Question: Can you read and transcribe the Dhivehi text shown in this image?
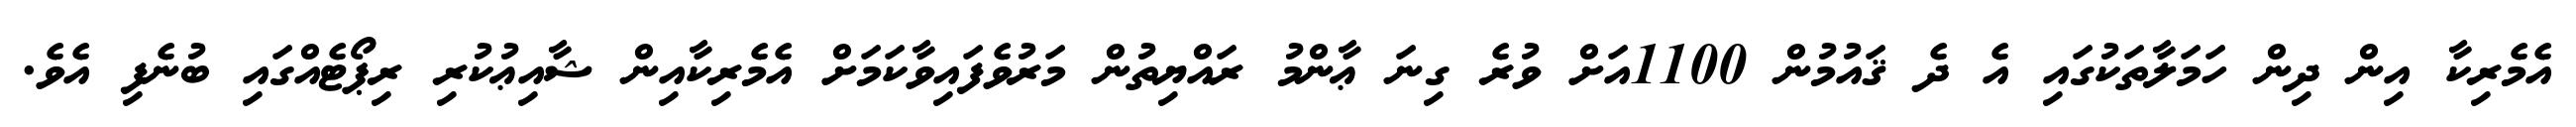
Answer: އެމެރިކާ އިން ދިން ހަމަލާތަކުގައި އެ ދެ ޤައުމުން 1100އަށް ވުރެ ގިނަ ޢާންމު ރައްޔިތުން މަރުވެފައިވާކަމަށް އެމެރިކާއިން ޝާއިޢުކުރި ރިޕޯޓެއްގައި ބުނެފި އެވެ.